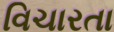
વિચારતા